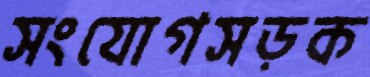
সংযোগসড়ক